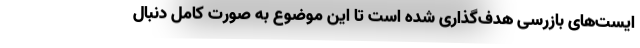
ایست‌های بازرسی هدف‌گذاری شده است تا این موضوع به صورت کامل دنبال